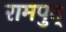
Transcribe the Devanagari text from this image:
रामपुत्